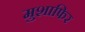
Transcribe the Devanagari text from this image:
मुशाफिर